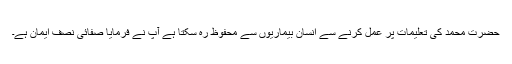
حضرت محمدؐ کی تعلیمات پر عمل کرنے سے انسان بیماریوں سے محفوظ رہ سکتا ہے آپؐ نے فرمایا صفائی نصف ایمان ہے۔